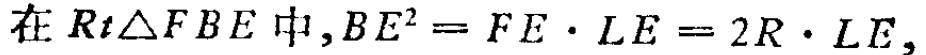
在 \(Rt\triangle FBE\) 中,\(BE^{2}=FE\cdot LE = 2R\cdot LE\),